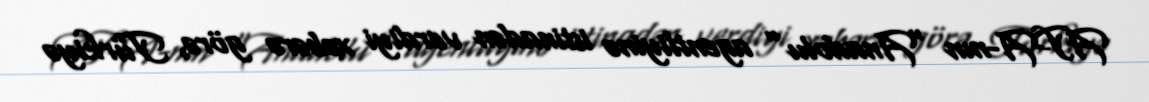
APA-nın “Anadolu” agentliyinə istinadən verdiyi xəbərə görə, Türkiyə